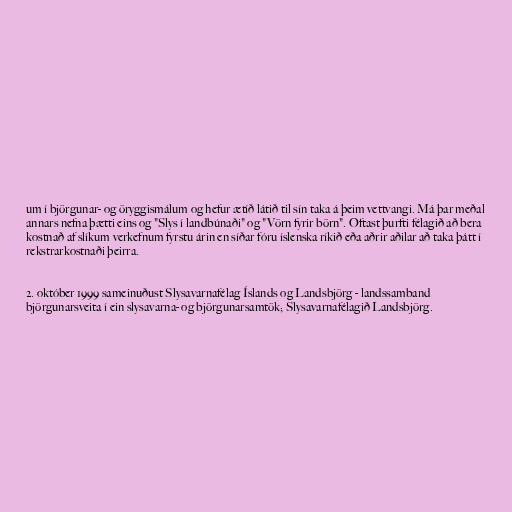
um í björgunar- og öryggismálum og hefur ætíð látið til sín taka á þeim vettvangi. Má þar meðal
annars nefna þætti eins og "Slys í landbúnaði" og "Vörn fyrir börn". Oftast þurfti félagið að bera
kostnað af slíkum verkefnum fyrstu árin en síðar fóru íslenska ríkið eða aðrir aðilar að taka þátt í
rekstrarkostnaði þeirra.

2. október 1999 sameinuðust Slysavarnafélag Íslands og Landsbjörg - landssamband
björgunarsveita í ein slysavarna- og björgunarsamtök; Slysavarnafélagið Landsbjörg.